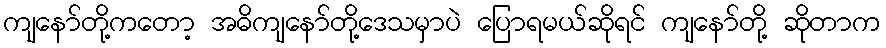
ကျနော်တို့ကတော့ အဓိကျနော်တို့ဒေသမှာပဲ ပြောရမယ်ဆိုရင် ကျနော်တို့ ဆိုတာက